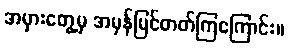
အမှားတွေ့မှ အမှန်မြင်တတ်ကြကြောင်း။